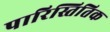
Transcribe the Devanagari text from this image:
पारिस्तितिक